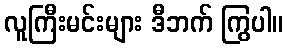
လူကြီးမင်းများ ဒီဘက် ကြွပါ။